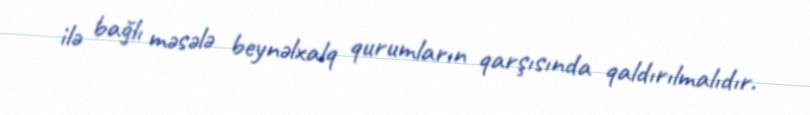
ilə bağlı məsələ beynəlxalq qurumların qarşısında qaldırılmalıdır.